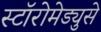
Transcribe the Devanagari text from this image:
स्टॉरोमेड्युसे